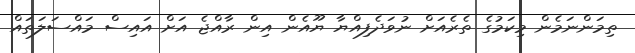
ތިމަންނަމެން މިކަމުގެ ތެރެއަށް ނުވަދެފިއްޔާ ޔޫއެން އިން ރާއްޖެ އަށް އައިސް މައްސަލަތައް